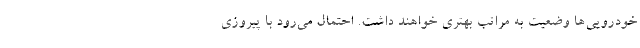
خودرویی‌ها وضعیت به مراتب بهتری خواهند داشت. احتمال می‌رود با پیروزی